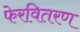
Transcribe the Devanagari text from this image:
फेरवितरण